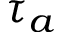
\tau _ { a }